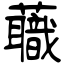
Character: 蘵